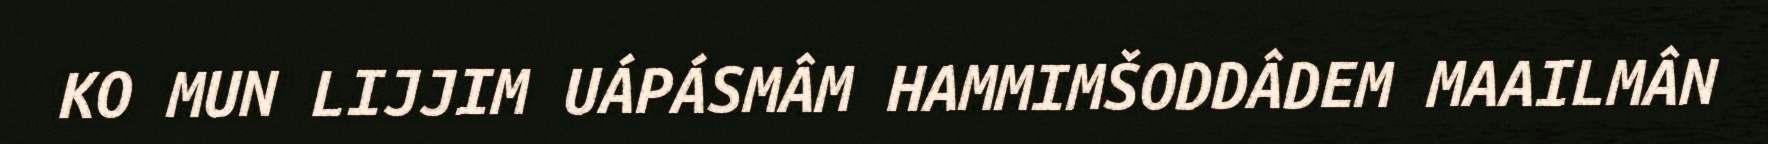
KO MUN LIJJIM UÁPÁSMÂM HAMMIMŠODDÂDEM MAAILMÂN